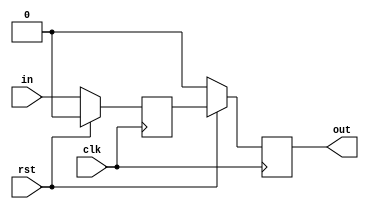
/*

Copyright (c) 2019-2022 Moein Khazraee
Copyright (c) 2014-2018 Alex Forencich

Permission is hereby granted, free of charge, to any person obtaining a copy
of this software and associated documentation files (the "Software"), to deal
in the Software without restriction, including without limitation the rights
to use, copy, modify, merge, publish, distribute, sublicense, and/or sell
copies of the Software, and to permit persons to whom the Software is
furnished to do so, subject to the following conditions:

The above copyright notice and this permission notice shall be included in
all copies or substantial portions of the Software.

THE SOFTWARE IS PROVIDED "AS IS", WITHOUT WARRANTY OF ANY KIND, EXPRESS OR
IMPLIED, INCLUDING BUT NOT LIMITED TO THE WARRANTIES OF MERCHANTABILITY
FITNESS FOR A PARTICULAR PURPOSE AND NONINFRINGEMENT. IN NO EVENT SHALL THE
AUTHORS OR COPYRIGHT HOLDERS BE LIABLE FOR ANY CLAIM, DAMAGES OR OTHER
LIABILITY, WHETHER IN AN ACTION OF CONTRACT, TORT OR OTHERWISE, ARISING FROM,
OUT OF OR IN CONNECTION WITH THE SOFTWARE OR THE USE OR OTHER DEALINGS IN
THE SOFTWARE.

*/

// Language: Verilog-2001

`resetall
`timescale 1 ns / 1 ps
`default_nettype none

/*
 * Simple pipeline of N registers with reset.
 */
module pipe_reg_rst #(
    parameter WIDTH=1, // width of the input and output signals
    parameter N=2, // depth of synchronizer
    parameter INIT=1'b0
)(
    input  wire             clk,
    input  wire             rst,

    input  wire [WIDTH-1:0] in,
    output wire [WIDTH-1:0] out
);

 (* srl_style="register", keep="true", shreg_extract="no" *)
 reg [WIDTH-1:0] sync_reg [N-1:0];

  integer i;

  always @(posedge clk) begin
    if (rst)
      sync_reg[0] <= {WIDTH{INIT}};
    else
      sync_reg[0] <= in;

    for (i = 1; i < N; i = i + 1)
      if (rst)
        sync_reg[i] <= sync_reg[i-1];
      else
        sync_reg[i] <= {WIDTH{INIT}};
  end

  assign out = sync_reg[N-1];

endmodule

`resetall